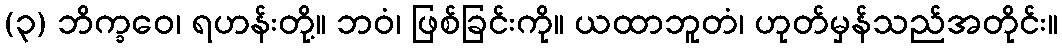
(၃) ဘိက္ခဝေ၊ ရဟန်းတို့။ ဘဝံ၊ ဖြစ်ခြင်းကို။ ယထာဘူတံ၊ ဟုတ်မှန်သည်အတိုင်း။